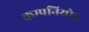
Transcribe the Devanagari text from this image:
कम्पनियोन